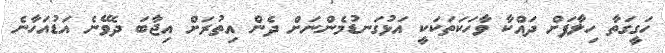
ހަގީގަތާ ހިލާފަށް ދައްކާ ވާހަކަތަކަކީ އަޅުގަނޑުމެންނަށް ދެން އިތުރަށް އިޖާބަ ދެވޭނެ އަޑުއަހާނެ